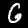
Label: 6